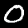
Label: 0